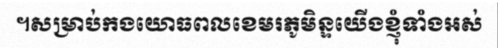
។សម្រាប់កងយោធពលខេមរភូមិន្ទយើងខ្ញុំទាំងអស់